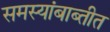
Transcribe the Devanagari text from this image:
समस्यांबाब्तीत